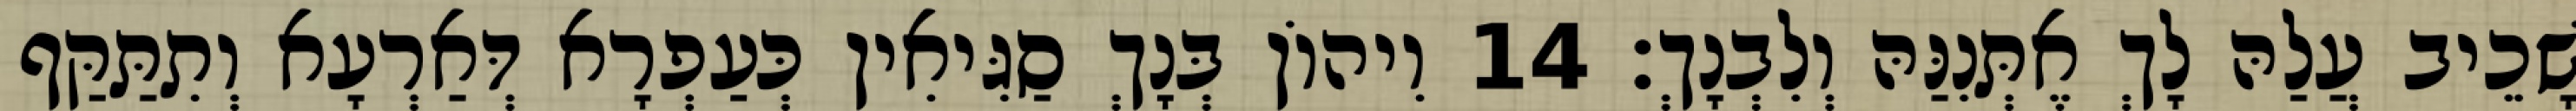
שָׁכֵיב עֲלַהּ לָךְ אֶתְּנִנַּהּ וְלִבְנָךְ׃ 14 וִיהוֹן בְּנָךְ סַגִּיאִין כְּעַפְרָא דְּאַרְעָא וְתִתַּקַּף